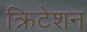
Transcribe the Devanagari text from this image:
क्रिटेशन